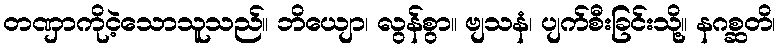
တဏှာကိုငဲ့သောသူသည်။ ဘိယျော၊ လွန်စွာ။ ဗျသနံ၊ ပျက်စီးခြင်းသို့။ နဂစ္ဆတိ၊